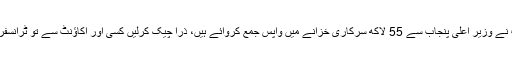
سپریم کورٹ نے وزیر اعلیٰ پنجاب سے 55 لاکھ سرکاری خزانے میں واپس جمع کروائے ہیں، ذرا چیک کرلیں کسی اور اکاؤنٹ سے تو ٹرانسفر نہیں ہوئے ۔